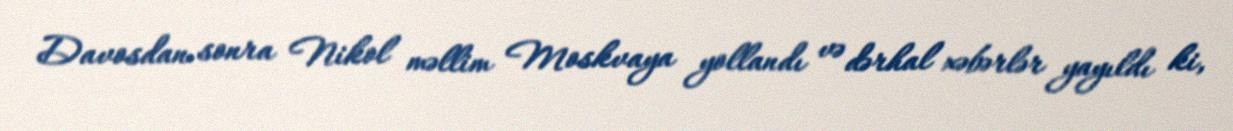
Davosdan sonra Nikol məllim Moskvaya yollandı və dərhal xəbərlər yayıldı ki,